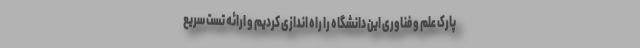
پارک علم و فناوری این دانشگاه را راه اندازی کردیم و ارائه تست سریع